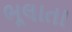
ભૂલાતા